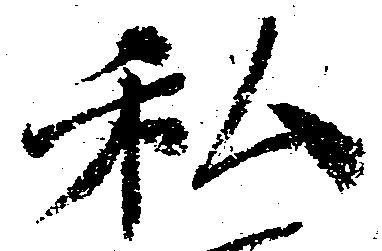
私